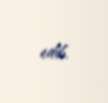
edib.